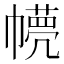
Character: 𢅘